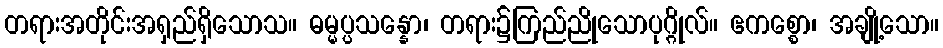
တရားအတိုင်းအရှည်ရှိသောသ။ ဓမ္မပ္ပသန္နော၊ တရား၌ကြည်ညိုသောပုဂ္ဂိုလ်။ ဧကစ္စော၊ အချို့သော။